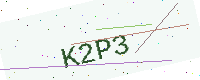
Text: K2P3